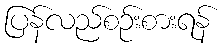
ပြန်လည်စဉ်းစားရန်